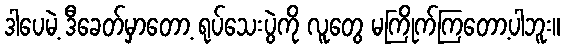
ဒါပေမဲ့ ဒီခေတ်မှာတော့ ရုပ်သေးပွဲကို လူတွေ မကြိုက်ကြတော့ပါဘူး။